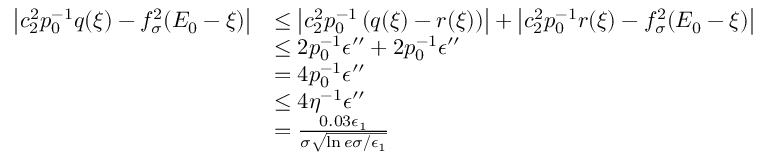
\begin{array} { r l } { \left| c _ { 2 } ^ { 2 } p _ { 0 } ^ { - 1 } q ( \xi ) - f _ { \sigma } ^ { 2 } ( E _ { 0 } - \xi ) \right| } & { \le \left| c _ { 2 } ^ { 2 } p _ { 0 } ^ { - 1 } \left( q ( \xi ) - r ( \xi ) \right) \right| + \left| c _ { 2 } ^ { 2 } p _ { 0 } ^ { - 1 } r ( \xi ) - f _ { \sigma } ^ { 2 } ( E _ { 0 } - \xi ) \right| } \\ & { \le 2 p _ { 0 } ^ { - 1 } \epsilon ^ { \prime \prime } + 2 p _ { 0 } ^ { - 1 } \epsilon ^ { \prime \prime } } \\ & { = 4 p _ { 0 } ^ { - 1 } \epsilon ^ { \prime \prime } } \\ & { \le 4 \eta ^ { - 1 } \epsilon ^ { \prime \prime } } \\ & { = \frac { 0 . 0 3 \epsilon _ { 1 } } { \sigma \sqrt { \ln { e \sigma / \epsilon _ { 1 } } } } } \end{array}